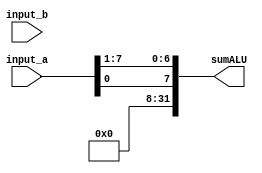
module ALURotateR (
	input [31:0] input_a, input_b,
	output [31:0] sumALU,
	);
	
	reg [31:0] results;
	assign sumALU = results;
	
	
	always @(*)
	begin
		// Rotate right
           results = {input_a[0],input_a[7:1]};
          
	end
	
endmodule